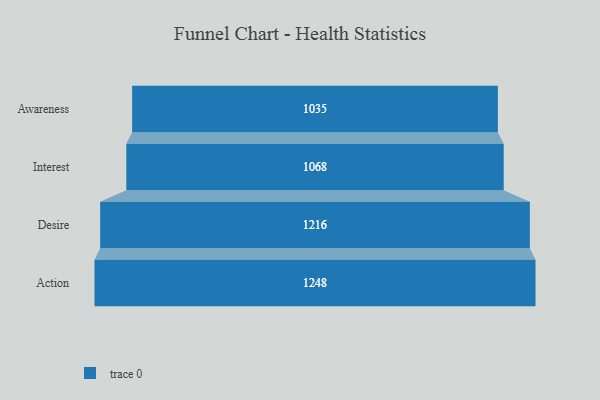
{"axis": {"x": "Stage", "y": "Value"}, "legend": [""], "data": [{"x": "Awareness", "y": 1035.0, "type": ""}, {"x": "Interest", "y": 1068.0, "type": ""}, {"x": "Desire", "y": 1216.0, "type": ""}, {"x": "Action", "y": 1248.0, "type": ""}]}